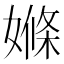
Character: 𡠊